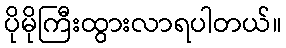
ပိုမိုကြီးထွားလာရပါတယ်။